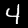
Digit: 4